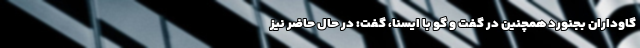
گاوداران بجنورد همچنین در گفت و گو با ایسنا، گفت: در حال حاضر نیز